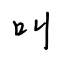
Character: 叫